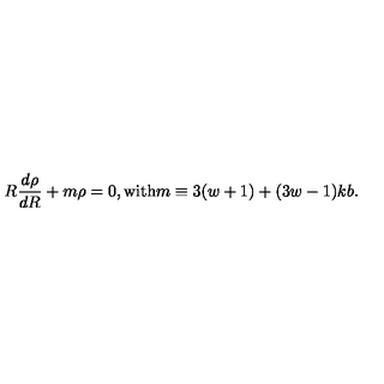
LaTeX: R { \frac { d \rho } { d R } } + m \rho = 0 , \mathrm { w i t h } m \equiv 3 ( w + 1 ) + ( 3 w - 1 ) k b .